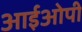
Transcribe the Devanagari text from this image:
आईओपी